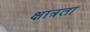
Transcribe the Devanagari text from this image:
क्षात्रता